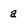
Character: a